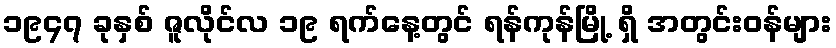
၁၉၄၇ ခုနှစ် ဇူလိုင်လ ၁၉ ရက်နေ့တွင် ရန်ကုန်မြို့ ရှိ အတွင်းဝန်များ